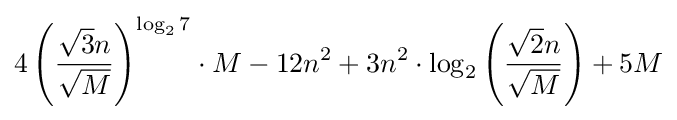
4\left({\frac {{\sqrt {3}}n}{\sqrt {M}}}\right)^{\log _{2}7}\cdot M-12n^{2}+3n^{2}\cdot \log _{2}\left({\frac {{\sqrt {2}}n}{\sqrt {M}}}\right)+5M